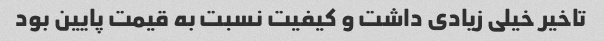
تاخیر خیلی زیادی داشت و کیفیت نسبت به قیمت پایین بود